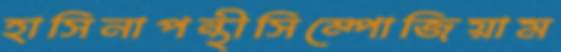
হাসিনাপন্থীসিম্পোজিয়াম